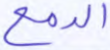
الدمع